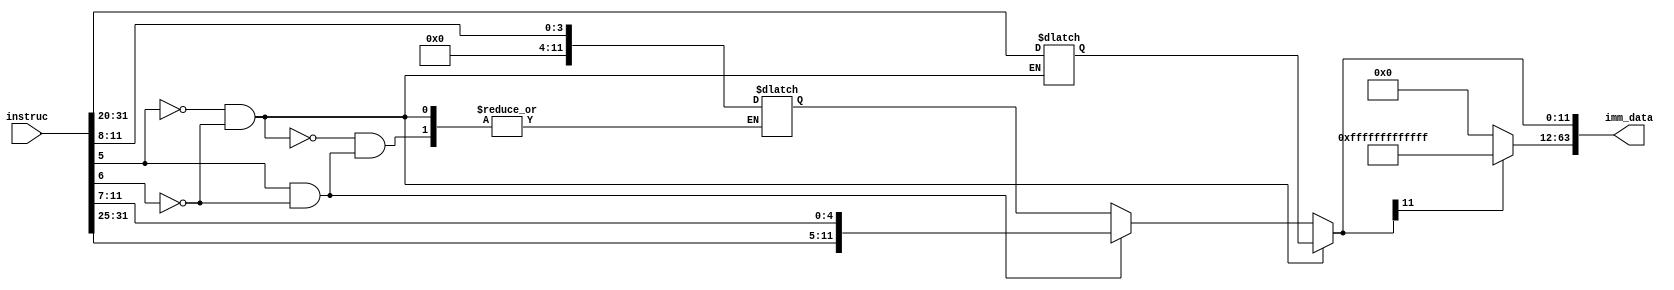
`timescale 1ns / 1ps

module Imm_Gen(instruc,imm_data);

//input
input [31:0] instruc; // 32 bits

//output
output reg [63:0] imm_data; // 64 bits

reg [11:0] ld_imm;
reg [11:0] br_imm;
reg [11:0] sd_imm;
//always statement
always @(instruc) //parameters which trigger reevaluation- their values change
begin 

// conditions
// opcode differs in all three instruction types in 5th and 6th bits
// addi -- opcode 00 ; ld -- opcode 00 -- I type
// sd -- opcode 01 - S type
// beq -- opcode 1x --SB type

if (instruc[5]==0 && instruc[6] == 0) begin // I Format
ld_imm[11:0] <= instruc[31:20]; // since in I type format the immediate field contains a 12 bit immediate in bits in the beginning
imm_data = {{52{instruc[31]}},ld_imm};
end
else if (instruc[5]==1 && instruc[6] == 0 ) // S Format
begin

sd_imm = {instruc [ 31:25] , instruc [11:7]};
imm_data = {{52{instruc[31]}},sd_imm};
end

else // SB Format 
begin
br_imm[11] <= instruc[31];
br_imm <= instruc[7];
br_imm <= instruc[30:25];
br_imm <= instruc[11:8];
imm_data = {{52{instruc[31]}},br_imm};
end
end

always @(*)
begin

//padding other bits based on the 11th bit
if (imm_data[11] == 1)
imm_data[63:12] <= 52'hfffffffffffff; 
else
imm_data[63:12] <= 52'b0;
end
endmodule